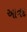
આનદ